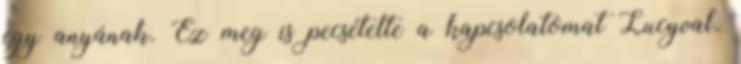
egy anyának. Ez meg is pecsételte a kapcsolatomat Lucyval.